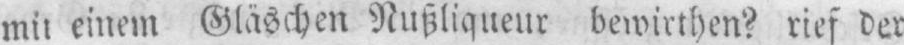
mit einem Gläschen Nußliqueur bewirthen? rief der